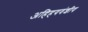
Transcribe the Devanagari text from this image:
अहिहयवंशीय